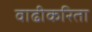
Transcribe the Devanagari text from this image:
वाढीकरिता